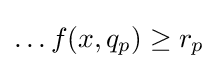
\ldots f(x,q_{p})\geq r_{p}\,\!